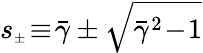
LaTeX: s_{{\scriptscriptstyle\pm}}\! \equiv\! \bar{\gamma}\pm\sqrt{\bar{\gamma}^{2}\! -\! 1}